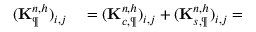
\begin{array} { r l } { ( \mathbf { K } _ { \P } ^ { n , h } ) _ { i , j } } & { { } = ( \mathbf { K } _ { c , \P } ^ { n , h } ) _ { i , j } + ( \mathbf { K } _ { s , \P } ^ { n , h } ) _ { i , j } = } \end{array}